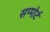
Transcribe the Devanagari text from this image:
सप्पोर्ट